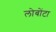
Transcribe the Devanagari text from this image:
लोबोंटा